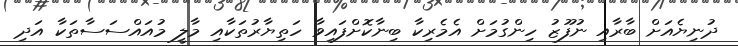
ދުނިޔެއަށް ބާރާއި ނުފޫޒު ހިންގުމަށް އެމެރިކާ ބިނާކޮށްފައިވާ ހަތިޔާރުތަކާއި މާލީ މުއައްސަސާތަކާ އަދި